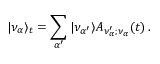
| \nu _ { \alpha } \rangle _ { t } = \sum _ { \alpha ^ { \prime } } | \nu _ { \alpha ^ { \prime } } \rangle { \cal A } _ { \nu _ { \alpha } ^ { \prime } ; { \nu _ { \alpha } } } ( t ) \, .